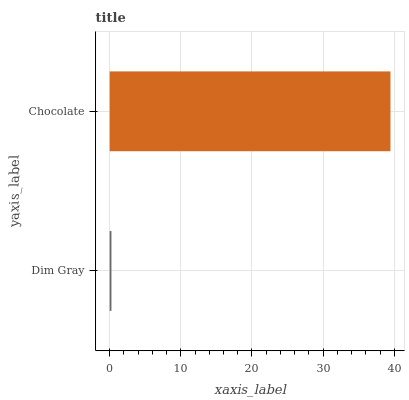
| yaxis_label | bars |
 | --- | --- |
 | Dim Gray | 0.248 |
 | Chocolate | 39.5 |